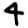
Digit: 4